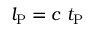
l _ { \mathrm { P } } = c \ t _ { \mathrm { P } }